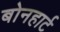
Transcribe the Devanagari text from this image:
बोनहार्ट